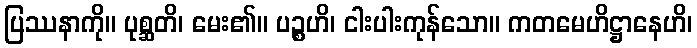
ပြဿနာကို။ ပုစ္ဆတိ၊ မေး၏။ ပဉ္စဟိ၊ ငါးပါးကုန်သော။ ကတမေဟိဋ္ဌာနေဟိ၊